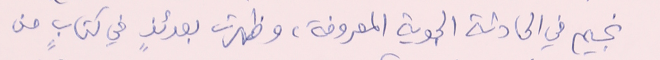
نجيم في الحادثة الجوية المعروفة، وظهرت بعدئذٍ في كتابٍ من